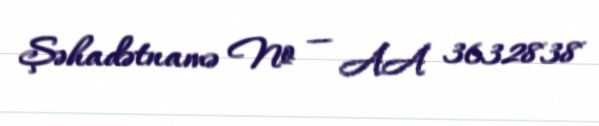
Şəhadətnamə № — AA 3632838